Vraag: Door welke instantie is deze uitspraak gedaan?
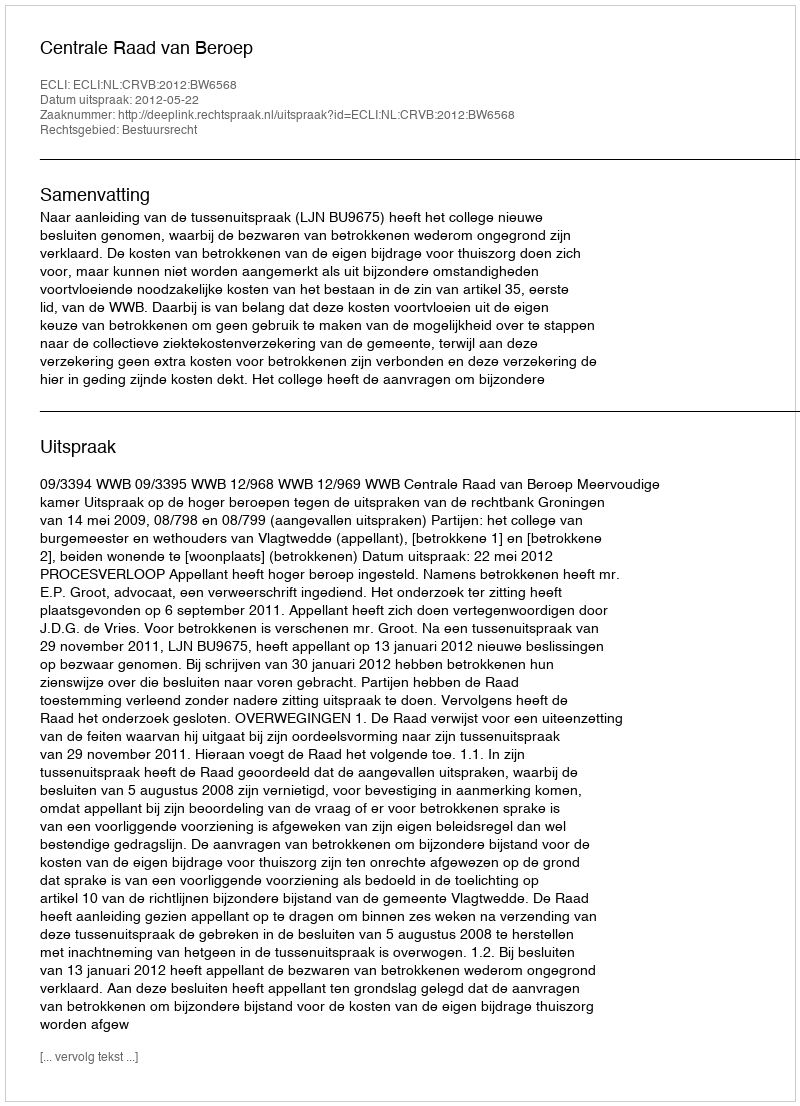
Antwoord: Centrale Raad van Beroep